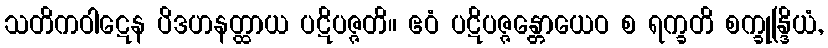
သတိကဝါဋေန ပိဒဟနတ္ထာယ ပဋိပဇ္ဇတိ။ ဧဝံ ပဋိပဇ္ဇန္တောယေဝ စ ရက္ခတိ စက္ခုန္ဒြိယံ,